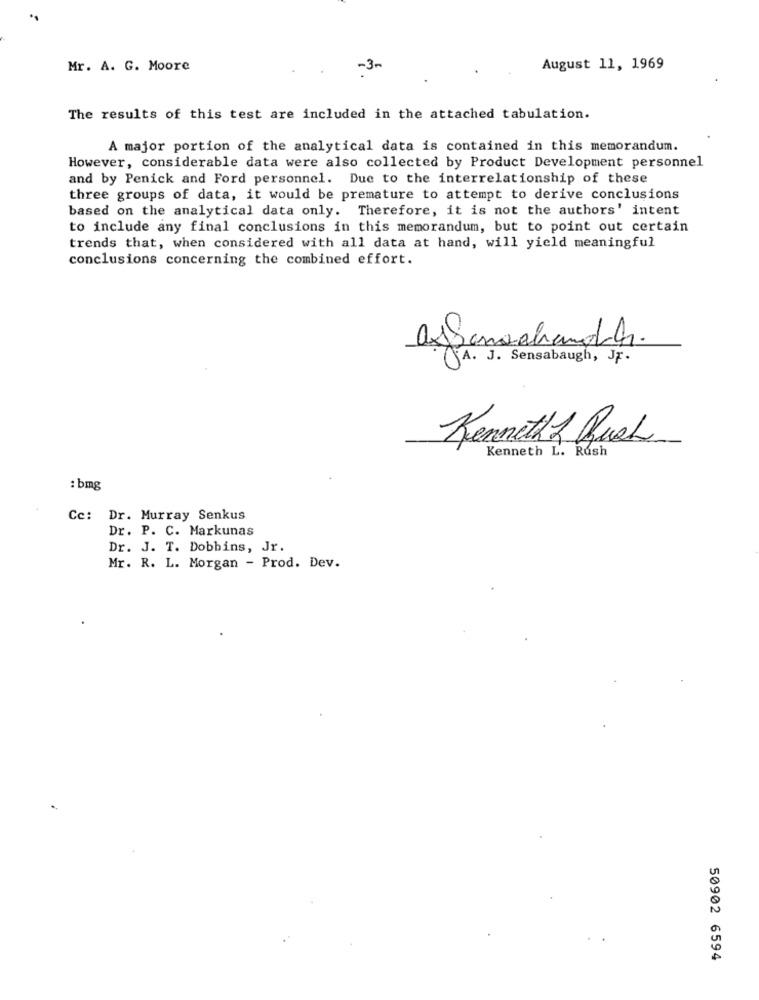
Mr. A. G. Moore
-3.
August 11, 1969
The results of this test are included in the attached tabulation.
A major portion of the analytical data is contained in this memorandum.
However, considerable data were also collected by Product Development personnel
and by Penick and Ford personnel. Due to the interrelationship of these
three groups of data, it would be premature to attempt to derive conclusions
based on the analytical data only. Therefore, it is not the authors' intent
to include any final conclusions in this memorandum, but to point out certain
trends that, when considered with all data at hand, will yield meaningful
conclusions concerning the combined effort.
A. J. Sensabaugh, Jr.
Kenneth 2 Bush
Kenneth L. Rush
: bmg
Cc: Dr. Murray Senkus
Dr. P. C. Markunas
Dr. J. T. Dobbins, Jr.
Mr. R. L. Morgan - Prod. Dev.
50902 6594